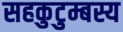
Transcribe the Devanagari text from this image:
सहकुटुम्बस्य